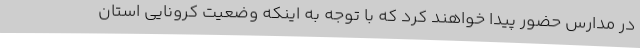
در مدارس حضور پیدا خواهند کرد که با توجه به اینکه وضعیت کرونایی استان